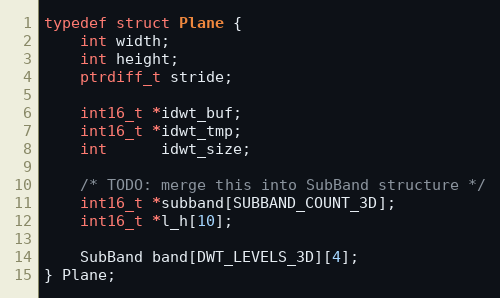
Language: C
typedef struct Plane {
    int width;
    int height;
    ptrdiff_t stride;

    int16_t *idwt_buf;
    int16_t *idwt_tmp;
    int      idwt_size;

    /* TODO: merge this into SubBand structure */
    int16_t *subband[SUBBAND_COUNT_3D];
    int16_t *l_h[10];

    SubBand band[DWT_LEVELS_3D][4];
} Plane;